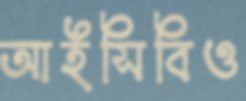
আইসিবিও